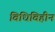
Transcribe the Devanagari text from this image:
विधिविहीन